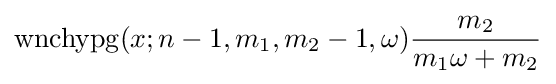
\operatorname {wnchypg} (x;n-1,m_{1},m_{2}-1,\omega ){\frac {m_{2}}{m_{1}\omega +m_{2}}}